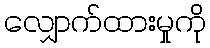
လျှောက်ထားမှုကို